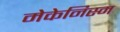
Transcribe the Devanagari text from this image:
मेकेनिस्म